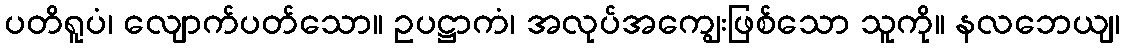
ပတိရူပံ၊ လျောက်ပတ်သော။ ဥပဋ္ဌာကံ၊ အလုပ်အကျွေးဖြစ်သော သူကို။ နလဘေယျ၊